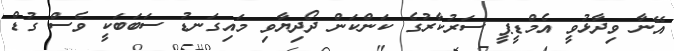
އޭނާ ވިދާޅުވީ އެމްޑީޕީ ސަރުކާރުގެ ކަންކަން ދޯދިޔާވި މައިގަނޑު ސަބަބަކީ ވެސް ގުޑް